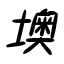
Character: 墺